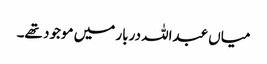
میاں عبداللہ دربار میں موجود تھے۔